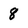
Character: 8